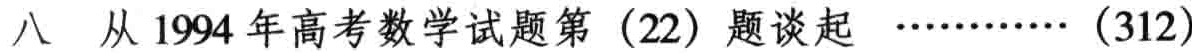
八 从1994年高考数学试题第（22）题谈起 \(\cdots\cdots\)（312）